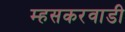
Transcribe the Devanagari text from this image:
म्हसकरवाडी